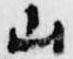
山